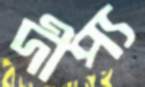
দীপ্য